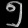
Digit: ၅